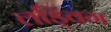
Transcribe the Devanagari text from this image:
लड्विग